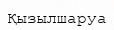
Қызылшаруа